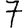
Digit: 7